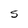
Character: S